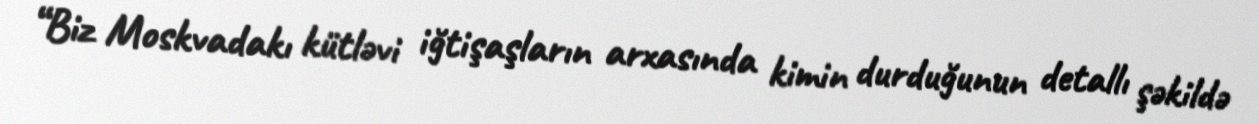
“Biz Moskvadakı kütləvi iğtişaşların arxasında kimin durduğunun detallı şəkildə